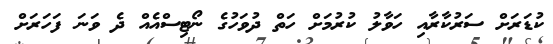
ކުޑަރަށް ސަރުކާރާއި ހަވާލު ކުރުމަށް ހަތް ދުވަހުގެ ނޯޓިސްއެއް ދެ ވަނަ ފަހަރަށް